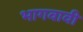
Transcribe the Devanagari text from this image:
भागवावी